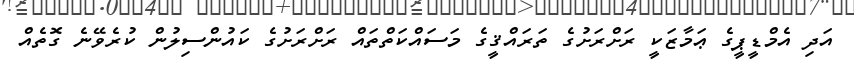
އަދި އެމްޑީޕީގެ ޢަމާޒަކީ ރަށްރަށުގެ ތަރައްޤީގެ މަސައްކަތްތައް ރަށްރަށުގެ ކައުންސިލުން ކުރެވޭނެ ގޮތެއް